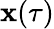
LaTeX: \mathbf{x}(\tau)